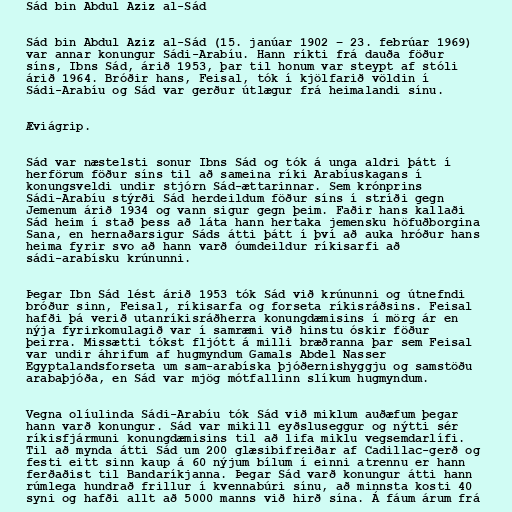
Sád bin Abdul Aziz al-Sád

Sád bin Abdul Aziz al-Sád (15. janúar 1902 – 23. febrúar 1969)
var annar konungur Sádi-Arabíu. Hann ríkti frá dauða föður
síns, Ibns Sád, árið 1953, þar til honum var steypt af stóli
árið 1964. Bróðir hans, Feisal, tók í kjölfarið völdin í
Sádi-Arabíu og Sád var gerður útlægur frá heimalandi sínu.

Æviágrip.

Sád var næstelsti sonur Ibns Sád og tók á unga aldri þátt í
herförum föður síns til að sameina ríki Arabíuskagans í
konungsveldi undir stjórn Sád-ættarinnar. Sem krónprins
Sádi-Arabíu stýrði Sád herdeildum föður síns í stríði gegn
Jemenum árið 1934 og vann sigur gegn þeim. Faðir hans kallaði
Sád heim í stað þess að láta hann hertaka jemensku höfuðborgina
Sana, en hernaðarsigur Sáds átti þátt í því að auka hróður hans
heima fyrir svo að hann varð óumdeildur ríkisarfi að
sádi-arabísku krúnunni.

Þegar Ibn Sád lést árið 1953 tók Sád við krúnunni og útnefndi
bróður sinn, Feisal, ríkisarfa og forseta ríkisráðsins. Feisal
hafði þá verið utanríkisráðherra konungdæmisins í mörg ár en
nýja fyrirkomulagið var í samræmi við hinstu óskir föður
þeirra. Missætti tókst fljótt á milli bræðranna þar sem Feisal
var undir áhrifum af hugmyndum Gamals Abdel Nasser
Egyptalandsforseta um sam-arabíska þjóðernishyggju og samstöðu
arabaþjóða, en Sád var mjög mótfallinn slíkum hugmyndum.

Vegna olíulinda Sádi-Arabíu tók Sád við miklum auðæfum þegar
hann varð konungur. Sád var mikill eyðsluseggur og nýtti sér
ríkisfjármuni konungdæmisins til að lifa miklu vegsemdarlífi.
Til að mynda átti Sád um 200 glæsibifreiðar af Cadillac-gerð og
festi eitt sinn kaup á 60 nýjum bílum í einni atrennu er hann
ferðaðist til Bandaríkjanna. Þegar Sád varð konungur átti hann
rúmlega hundrað frillur í kvennabúri sínu, að minnsta kosti 40
syni og hafði allt að 5000 manns við hirð sína. Á fáum árum frá